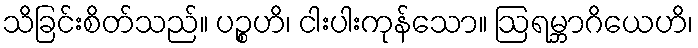
သိခြင်းစိတ်သည်။ ပဉ္စဟိ၊ ငါးပါးကုန်သော။ ဩရမ္ဘာဂိယေဟိ၊